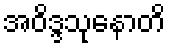
အဝိဒ္ဒသုနောတိ